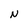
Character: N